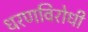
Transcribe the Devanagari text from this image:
धरणविरोधी